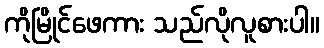
ကိုမြိုင်ဖေကား သည်လိုလူစားပါ။